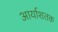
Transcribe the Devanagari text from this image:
आर्याशतक